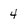
Character: 4